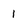
Character: 1